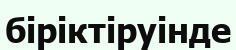
біріктіруінде